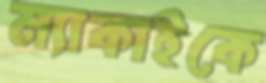
ম্যাকাইকে